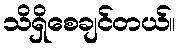
သိရှိစေချင်တယ်။